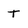
Character: t